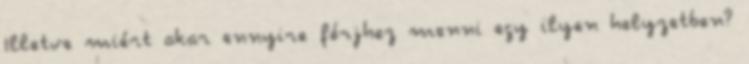
Illetve miért akar ennyire férjhez menni egy ilyen helyzetben?